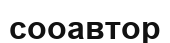
сооавтор